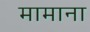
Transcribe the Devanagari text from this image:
मामाना